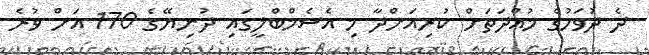
ދެ ދުވަހުގެ މުއްދަތަށް ކުރިއަށްދާ މި އެސެމްބްލީގައި ދުނިޔޭގެ 170 އަށް ވުރެ